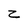
Character: z